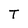
Character: T